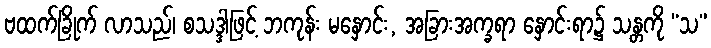
ဗထက်ခြိုက် လာသည်၊ စသဒ္ဒါဖြင့် ဘကုန်း မနှောင်း, အခြားအက္ခရာ နှောင်းရာ၌ သန္တကို “သ”